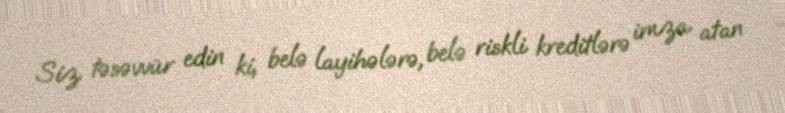
Siz təsəvvür edin ki, belə layihələrə, belə riskli kreditlərə imza atan